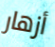
أزهار